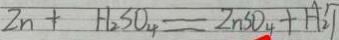
Z n + H _ { 2 } S O _ { 4 } = Z n S O _ { 4 } + H _ { 2 } \uparrow